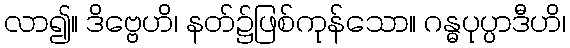
လာ၍။ ဒိဗ္ဗေဟိ၊ နတ်၌ဖြစ်ကုန်သော။ ဂန္ဓပုပ္ပာဒီဟိ၊